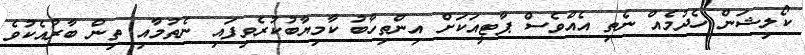
ކޯލިޝަން ހެދުމެއް ނެތި އެއްވެސް ޕާޓީއަކަށް އިންތިހާބު ކާމިޔާބުކުރެވިފައި ނެތުމާއި ތިން ބާރުއެކުވެ